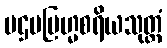
ပဌမဗြဟ္မစရိယသုတ္တံ